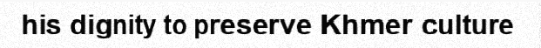
his dignity to preserve Khmer culture